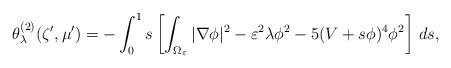
LaTeX: \begin{align*}\theta_\lambda^{(2)}(\zeta',\mu') = - \int_0^1 s \left[\int_{\Omega_\varepsilon}\vert\nabla \phi\vert^2 - \varepsilon^2 \lambda \phi^2-5 (V + s\phi)^4 \phi^2\right]\,ds ,\end{align*}